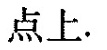
点上.